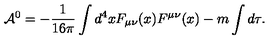
{ \cal A } ^ { 0 } = - \frac { 1 } { 1 6 \pi } \int d ^ { 4 } x F _ { \mu \nu } ( x ) F ^ { \mu \nu } ( x ) - m \int d \tau .